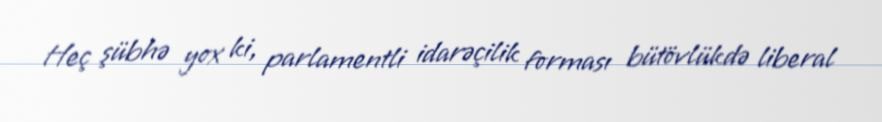
Heç şübhə yox ki, parlamentli idarəçilik forması bütövlükdə liberal